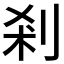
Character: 剎